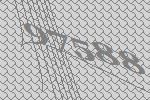
97588